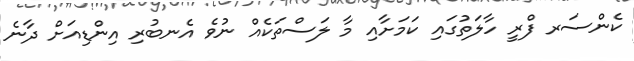
ކެންސަރ ފްރީ ހާލަތުގައި ކަމަށާއި މާ ލަސްތަކެއް ނުވެ އެނބުރި އިންޑިއަށް ދާނެ